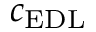
c _ { \mathrm { E D L } }